Vaccination in Bombay 1913-1923 - 1913-1923
Year: 1913
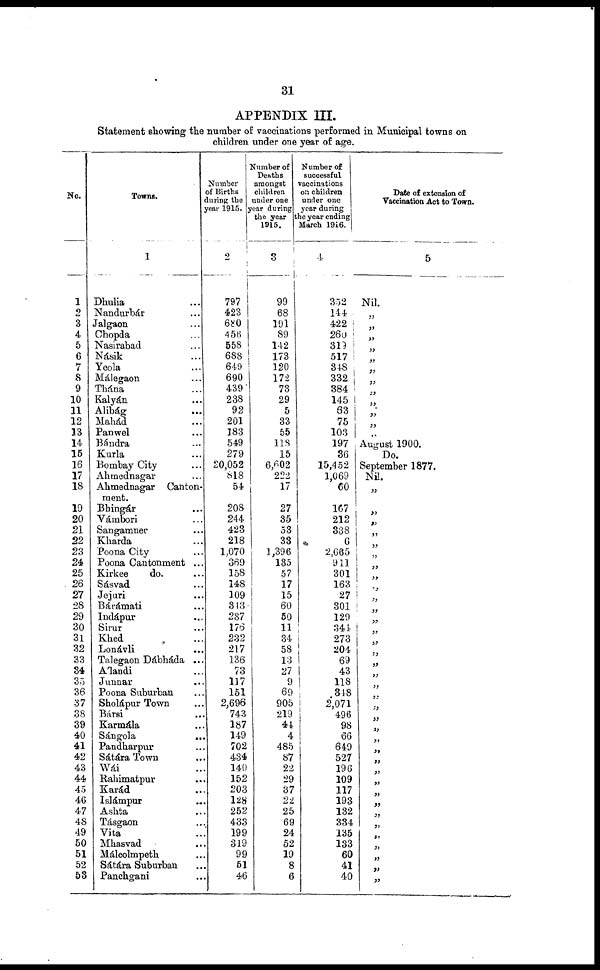
31
APPENDIX III.
Statement showing the number of vaccinations performed in Municipal towns on
children under one year of age.
No.
1
2
3
4
5
6
7
8
9
10
11
12
13
14
15
16
17
18
19
20
21
22
23
24
25
26
27
28
29
30
31
32
33
34
35
36
37
38
39
40
41
42
43
44
45
46
47
48
49
50
51
52
53
Towns.
1
Dhulia ...
Nandurbár ...
Jalgaon ...
Chopda ...
Nasirabad ...
Násik ...
Yeola ...
Málegaon ...
Thána ...
Kalyán ...
Alibág ...
Mahád ...
Panwel ...
Bándra ...
Kurla ...
Bombay City ...
Ahmednagar ...
Ahmednagar Canton-
ment.
Bhingár ...
Vámbori ...
Sangamner ...
Kharda ...
Poona City ...
Poona Cantonment ...
Kirkee
do. ...
Sásvad ...
Jejuri ...
Bárámati ...
Indápur ...
Sirur ...
Khed ...
Lonávli ...
Talegaon Dábháda ...
Álandi ...
Junnar ...
Poona Suburban ...
Sholápur Town ...
Bársi ...
Karmála ...
Sángola ...
Pandharpur ...
Sátára Town ...
Wái ...
Rahimatpur ...
Karád ...
Islámpur ...
Ashta ...
Tásgaon ...
Vita ...
Mhasvad ...
Málcolmpeth ...
Sátára Suburban ...
Panchgani ...
Number
of Births
during the
year 1915.
2
797
423
680
456
558
688
649
690
439
238
92
201
183
549
279
20,052
818
54
208
244
423
218
1,070
369
158
148
109
343
287
176
232
217
136
73
117
151
2,696
743
187
149
702
434
140
152
203
128
252
433
199
319
99
51
46
Number of
Deaths
amongst
children
under one
year during
the year
1915.
3
99
68
191
89
142
173
120
172
73
29
5
33
55
118
15
6,602
222
17
27
35
53
38
1,396
135
57
17
15
60
50
11
34
58
13
27
9
69
905
219
44
4
485
87
22
29
37
22
25
69
24
52
19
8
6
Number of
successful
vaccinations
on children
under one
year during
the year ending
March 1916.
4
352
144
422
260
319
517
348
332
384
145
63
75
103
197
36
15,452
1,069
60
167
212
338
6
2,665
911
301
163
27
301
129
344
273
204
69
43
118
348
2,071
496
98
66
649
527
196
109
117
193
132
334
135
133
60
41
40
Date of extension of
Vaccination Act to Town.
5
Nil.
„
„
„
„
„
„
„
„
„
„
„
„
August 1900.
Do.
September 1877.
Nil.
„
„
„
„
„
„
„
„
„
„
„
„
„
„
„
„
„
„
„
„
„
„
„
„
„
„
„
„
„
„
„
„
„
„
„
„